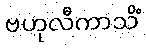
ဗဟုလီကာသိံ